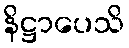
နိဋ္ဌာပေသိ